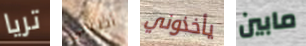
تريا أظنني يأخذوني مابين